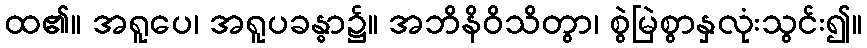
ထ၏။ အရူပေ၊ အရူပခန္ဓာ၌။ အဘိနိဝိသိတွာ၊ စွဲမြဲစွာနှလုံးသွင်း၍။